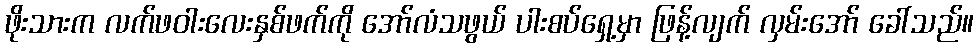
ဖိုးသားက လက်ဖဝါးလေးနှစ်ဖက်ကို အော်လံသဖွယ် ပါးစပ်ရှေ့မှာ ဖြန့်လျက် လှမ်းအော် ခေါ်သည်။